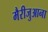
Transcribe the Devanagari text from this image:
मैरीजुआना